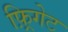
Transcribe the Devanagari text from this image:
फ़्रिगेट